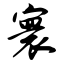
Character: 寰